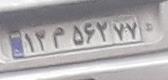
۱۳م۵۶۲۷۷